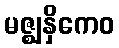
မဇ္ဈနှိကေဝ